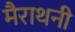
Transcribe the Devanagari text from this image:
मैराथनी